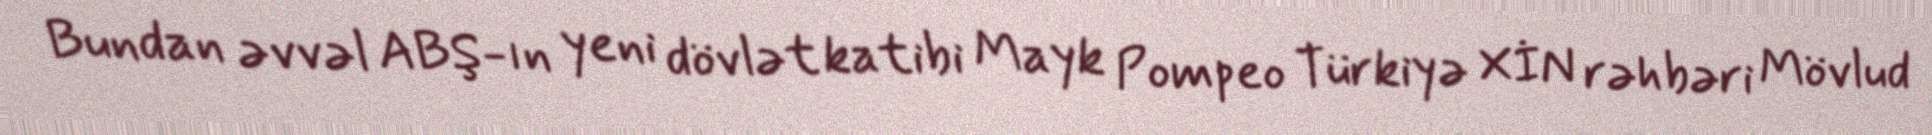
Bundan əvvəl ABŞ-ın yeni dövlət katibi Mayk Pompeo Türkiyə XİN rəhbəri Mövlud